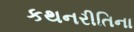
કથનરીતિના